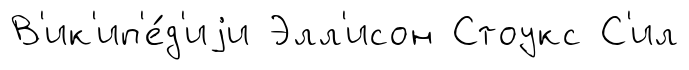
В'ик'ип'е́д'иjи Элл'исон Стоукс С'ил